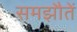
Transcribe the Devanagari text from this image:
समझौतें